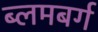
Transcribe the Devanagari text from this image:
ब्लमबर्ग